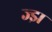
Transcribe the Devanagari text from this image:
ज्झ